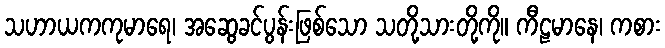
သဟာယကကုမာရေ၊ အဆွေခင်ပွန်းဖြစ်သော သတို့သားတို့ကို။ ကီဠမာနေ၊ ကစား